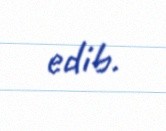
edib.